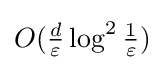
{\textstyle O({\tfrac {d}{\varepsilon }}\log ^{2}{\tfrac {1}{\varepsilon }})}